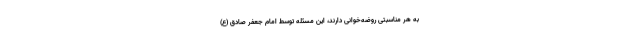
به هر مناسبتی روضه‌خوانی دارند، این مسئله توسط امام جعفر صادق (ع)